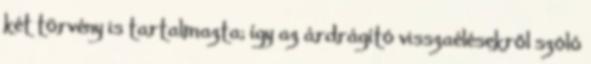
két törvény is tartalmazta; így az árdrágító visszaélésekről szóló